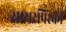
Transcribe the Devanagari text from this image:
सायरपिंस्की